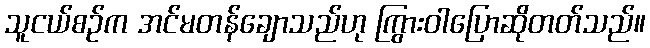
သူငယ်စဉ်က အင်မတန်ချောသည်ဟု ကြွားဝါပြောဆိုတတ်သည်။